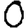
Digit: 0